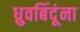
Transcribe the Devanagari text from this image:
ध्रुवबिंदूंना